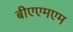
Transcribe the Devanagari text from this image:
बीएएमएम